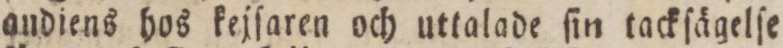
andiens hos kejſaren och uttalade ſin tackſägelſe